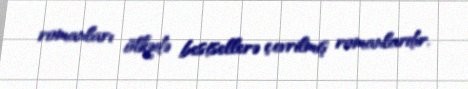
romanları ölkədə bestsellerə çevrilmiş romanlardır.